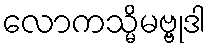
လောကသ္မိမဗ္ဗုဒါ